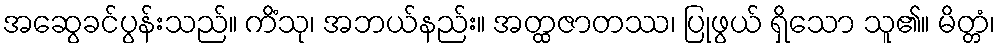
အဆွေခင်ပွန်းသည်။ ကိံသု၊ အဘယ်နည်း။ အတ္ထဇာတဿ၊ ပြုဖွယ် ရှိသော သူ၏။ မိတ္တံ၊